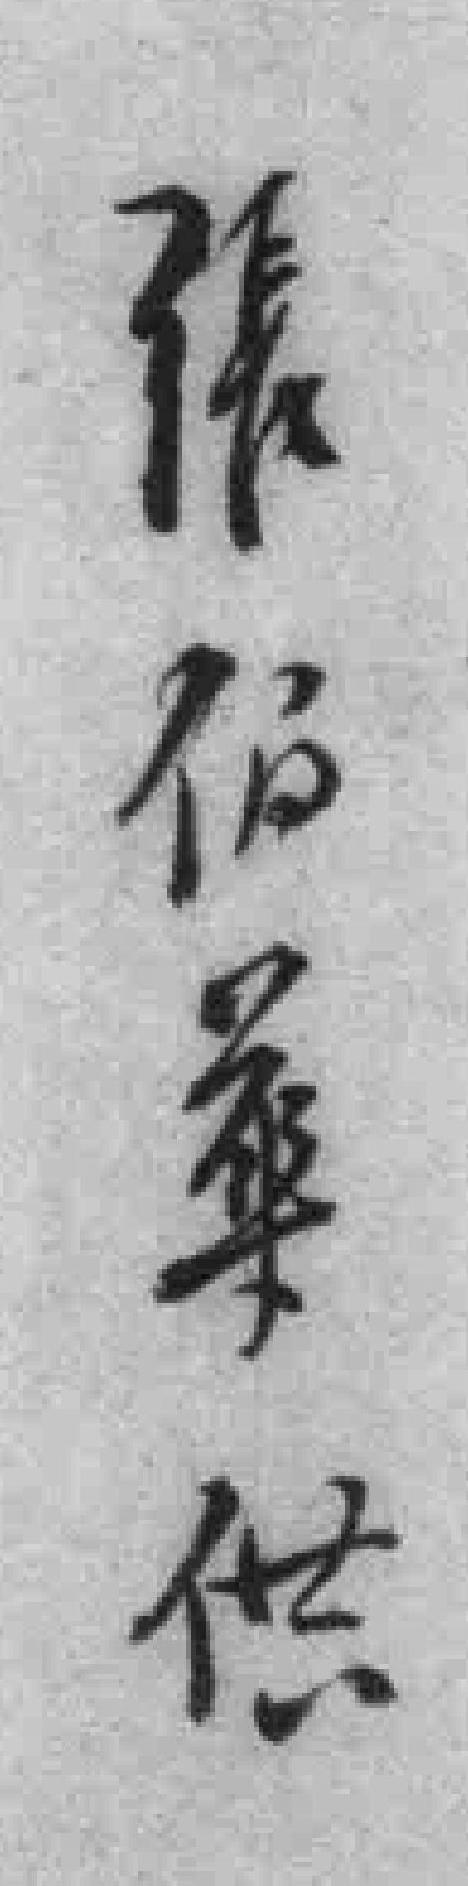
張伯華供